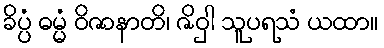
ခိပ္ပံ ဓမ္မံ ဝိဇာနာတိ၊ ဇိဝှါ သူပရသံ ယထာ။